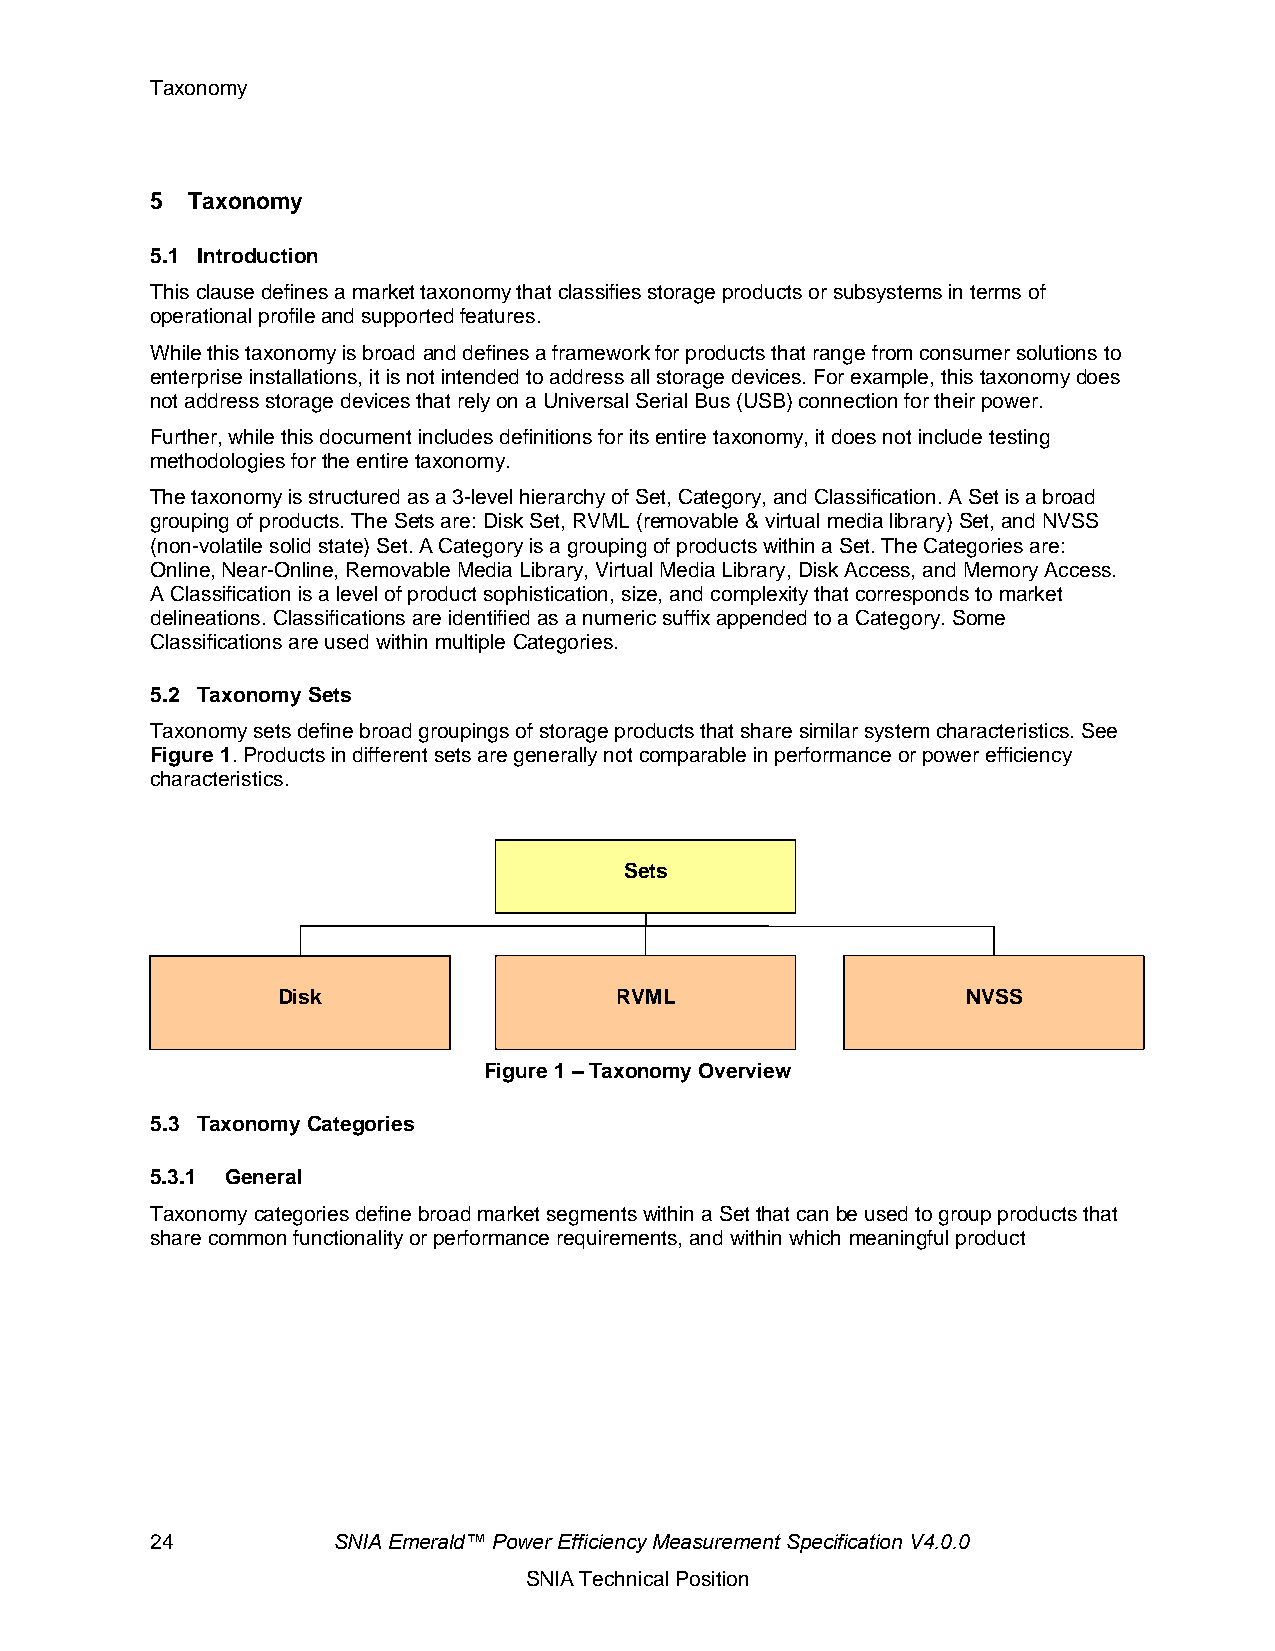
Taxonomy
 5 Taxonomy
 5.1 Introduction
 This clause defines a market taxonomy that classifies storage products or subsystems in terms of
 operational profile and supported features.
 While this taxonomy is broad and defines a framework for products that range from consumer solutions to
 enterprise installations, it is not intended to address all storage devices. For example, this taxonomy does
 not address storage devices that rely on a Universal Serial Bus (USB) connection for their power.
 Further, while this document includes definitions for its entire taxonomy, it does not include testing
 methodologies for the entire taxonomy.
 The taxonomy is structured as a 3-level hierarchy of Set, Category, and Classification. A Set is a broad
 grouping of products. The Sets are: Disk Set, RVML (removable & virtual media library) Set, and NVSS
 (non-volatile solid state) Set. A Category is a grouping of products within a Set. The Categories are:
 Online, Near-Online, Removable Media Library, Virtual Media Library, Disk Access, and Memory Access.
 A Classification is a level of product sophistication, size, and complexity that corresponds to market
 delineations. Classifications are identified as a numeric suffix appended to a Category. Some
 Classifications are used within multiple Categories.
 5.2 Taxonomy Sets
 Taxonomy sets define broad groupings of storage products that share similar system characteristics. See
 Figure 1. Products in different sets are generally not comparable in performance or power efficiency
 characteristics.
 Sets
 Disk                   RVML                   NVSS
 Figure 1 – Taxonomy Overview
 5.3 Taxonomy Categories
 5.3.1 General
 Taxonomy categories define broad market segments within a Set that can be used to group products that
 share common functionality or performance requirements, and within which meaningful product
 24          SNIA Emerald™ Power Efficiency Measurement Specification V4.0.0
 SNIA Technical Position